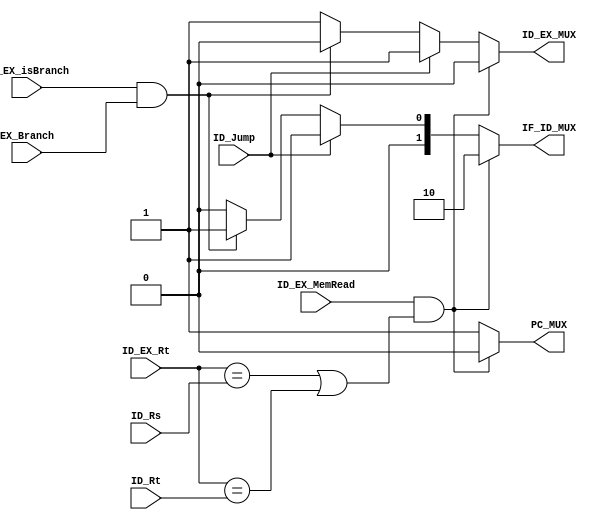
module HazardUnit (
    input ID_EX_MemRead,
    input [4:0]ID_EX_Rt,
    input [4:0]ID_Rs,
    input [4:0]ID_Rt,
    input ID_Jump,
    input EX_Branch,
    input ID_EX_isBranch,

    output reg PC_MUX,
    output reg [1:0]IF_ID_MUX,
    output reg ID_EX_MUX
);

    always@(*)begin
        //1Load-use
        if((ID_EX_MemRead==1)&&((ID_EX_Rt==ID_Rs)||(ID_EX_Rt==ID_Rt)))begin
            PC_MUX<=0;
            IF_ID_MUX<=2'b10;
            ID_EX_MUX<=0;
        end        

        //2Jump
        else if(ID_Jump==1)begin
            PC_MUX<=1;
            IF_ID_MUX<=2'b01;
            ID_EX_MUX<=1;
        end

        //3Beq
        else if((ID_EX_isBranch==1)&&(EX_Branch==1))begin
            PC_MUX<=1;
            IF_ID_MUX<=2'b01;
            ID_EX_MUX<=0;
        end

        //
        else begin
            PC_MUX<=1;
            IF_ID_MUX<=2'b00;
            ID_EX_MUX<=1;
        end

    end
    
endmodule 

//HazardUnitPCIF_IDID_EXMUX
//MUX
//1Load-use
//2Jump
//3BranchEX